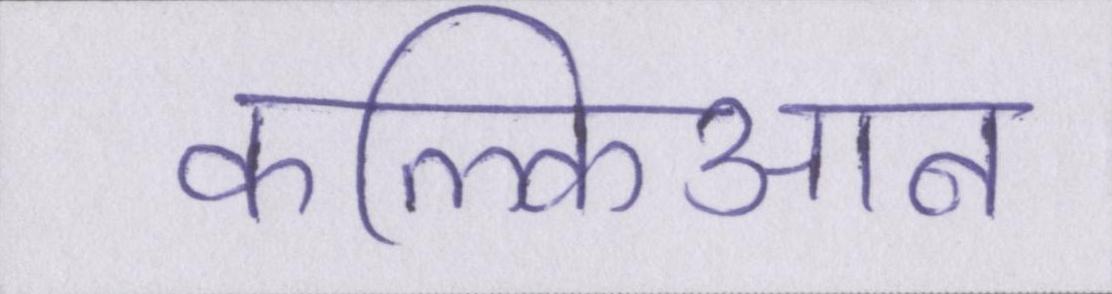
कल्किआन